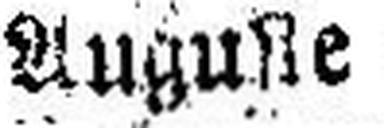
Auguste